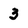
Character: 3